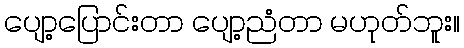
ပျော့ပြောင်းတာ ပျော့ညံတာ မဟုတ်ဘူး။